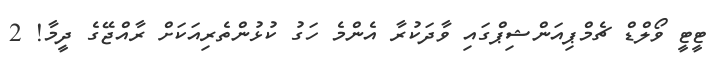
ޓީޓީ ވޯލްޑް ޗެމްޕިއަންޝިޕްގައި ވާދަކުރާ އެންމެ ހަގު ކުޅުންތެރިއަކަށް ރާއްޖޭގެ ދީމާ! 2